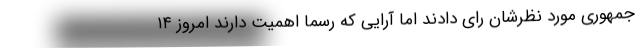
جمهوری مورد نظرشان رای دادند اما آرایی که رسما اهمیت دارند امروز ۱۴